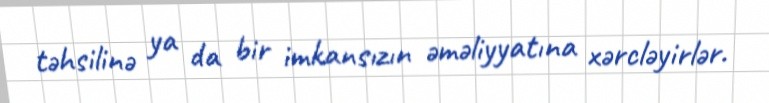
təhsilinə ya da bir imkansızın əməliyyatına xərcləyirlər.